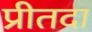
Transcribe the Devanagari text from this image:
प्रीतदा